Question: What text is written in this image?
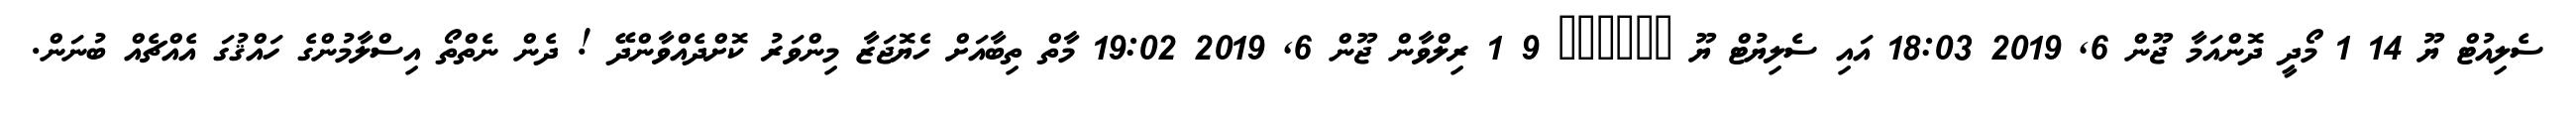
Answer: ސެލިއުޓް ޔޫ 14 1 މޯދީ ދޮންއަމާ ޖޫން 6, 2019 18:03 އައި ސެލިޔުޓް ޔޫ ?????? 9 1 ރިލްވާން ޖޫން 6, 2019 19:02 މާތް ތިބާއަށް ހެޔޮޖަޒާ މިންވަރު ކޮށްދެއްވާންދޭ ! ދެން ނެތްތޯ އިސްލާމުންގެ ހައްޤުގަ އެއްޗެއް ބުނަން.